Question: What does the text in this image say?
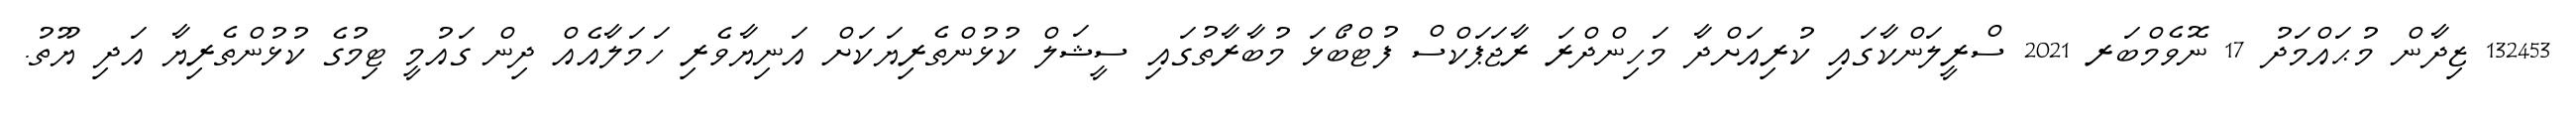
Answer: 132453 ޒިދާން މުޙައްމަދު 17 ނޮވެމްބަރ 2021 ސްރީލަންކާގައި ކުރިއަށްދާ މަހިންދްރަ ރާޖަޕަކްސް ފުޓްބޯޅަ މުބާރާތުގައި ސީޝަލް ކުޅުންތެރިޔަކަށް އަނިޔާވެރި ހަމަލާއެއް ދިން ގައުމީ ޓިމުގެ ކުޅުންތެރިޔާ އަދި ޔޫތު.